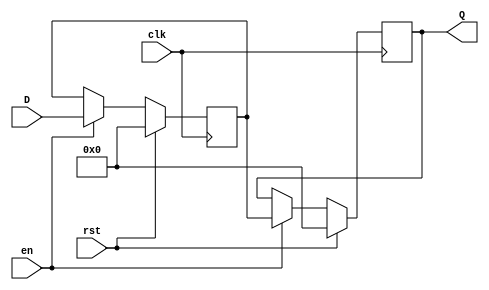
module pipeline_buffer #(
    parameter DATA_WIDTH = 8,  // Width of the data bus
    parameter DEPTH = 1         // Number of pipeline stages (can be adjusted)
)(
    input  wire                  clk,     // Clock signal
    input  wire                  rst,     // Synchronous reset
    input  wire                  en,      // Enable signal
    input  wire [DATA_WIDTH-1:0] D,      // Data input
    output reg  [DATA_WIDTH-1:0] Q       // Data output
);

    // Intermediate register for storage
    reg [DATA_WIDTH-1:0] buffer [0:DEPTH-1]; // Buffer array for multiple stages
    integer i;

    // Synchronous reset and data transfer
    always @(posedge clk) begin
        if (rst) begin
            // Clear all pipeline stages on reset
            for (i = 0; i < DEPTH; i = i + 1) begin
                buffer[i] <= {DATA_WIDTH{1'b0}}; // Initialize to zero
            end
            Q <= {DATA_WIDTH{1'b0}}; // Clear output
        end else if (en) begin
            // Shift data through the pipeline
            for (i = DEPTH-1; i > 0; i = i - 1) begin
                buffer[i] <= buffer[i-1]; // Shift data
            end
            buffer[0] <= D; // Load new data into the first stage
            Q <= buffer[DEPTH-1]; // Output the last stage
        end
    end

endmodule